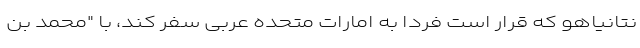
نتانیاهو که قرار است فردا به امارات متحده عربی سفر کند، با "محمد بن